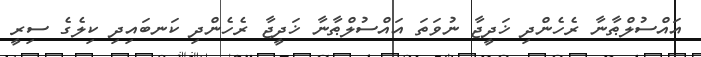
އައްސުލްޠާނާ ރެހެންދި ޚަދީޖާ ނުވަތަ އައްސުލްޠާނާ ޚަދީޖާ ރެހެންދި ކަނބައިދި ކިލެގެ ސިރީ